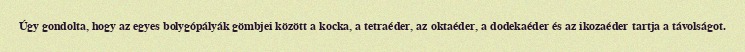
Úgy gondolta, hogy az egyes bolygópályák gömbjei között a kocka, a tetraéder, az oktaéder, a dodekaéder és az ikozaéder tartja a távolságot.